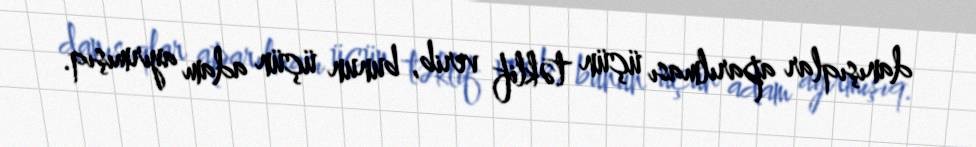
danışıqlar aparılması üçün təklif verib, bunun üçün adam ayırmışıq.